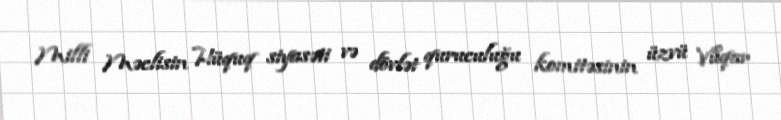
Milli Məclisin Hüquq siyasəti və dövlət quruculuğu komitəsinin üzvü Vüqar